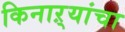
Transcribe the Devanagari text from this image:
किनाऱ्‍यांचा